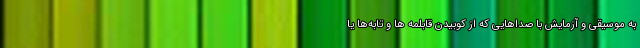
به موسیقی و آزمایش با صداهایی که از کوبیدن قابلمه ها و تابه‌ها یا